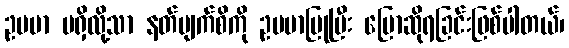
ဥပမာ မရှိလို့သာ နတ်မျက်စိကို ဥပမာပြုပြီး ပြောဆိုရခြင်းဖြစ်ပါတယ်၊